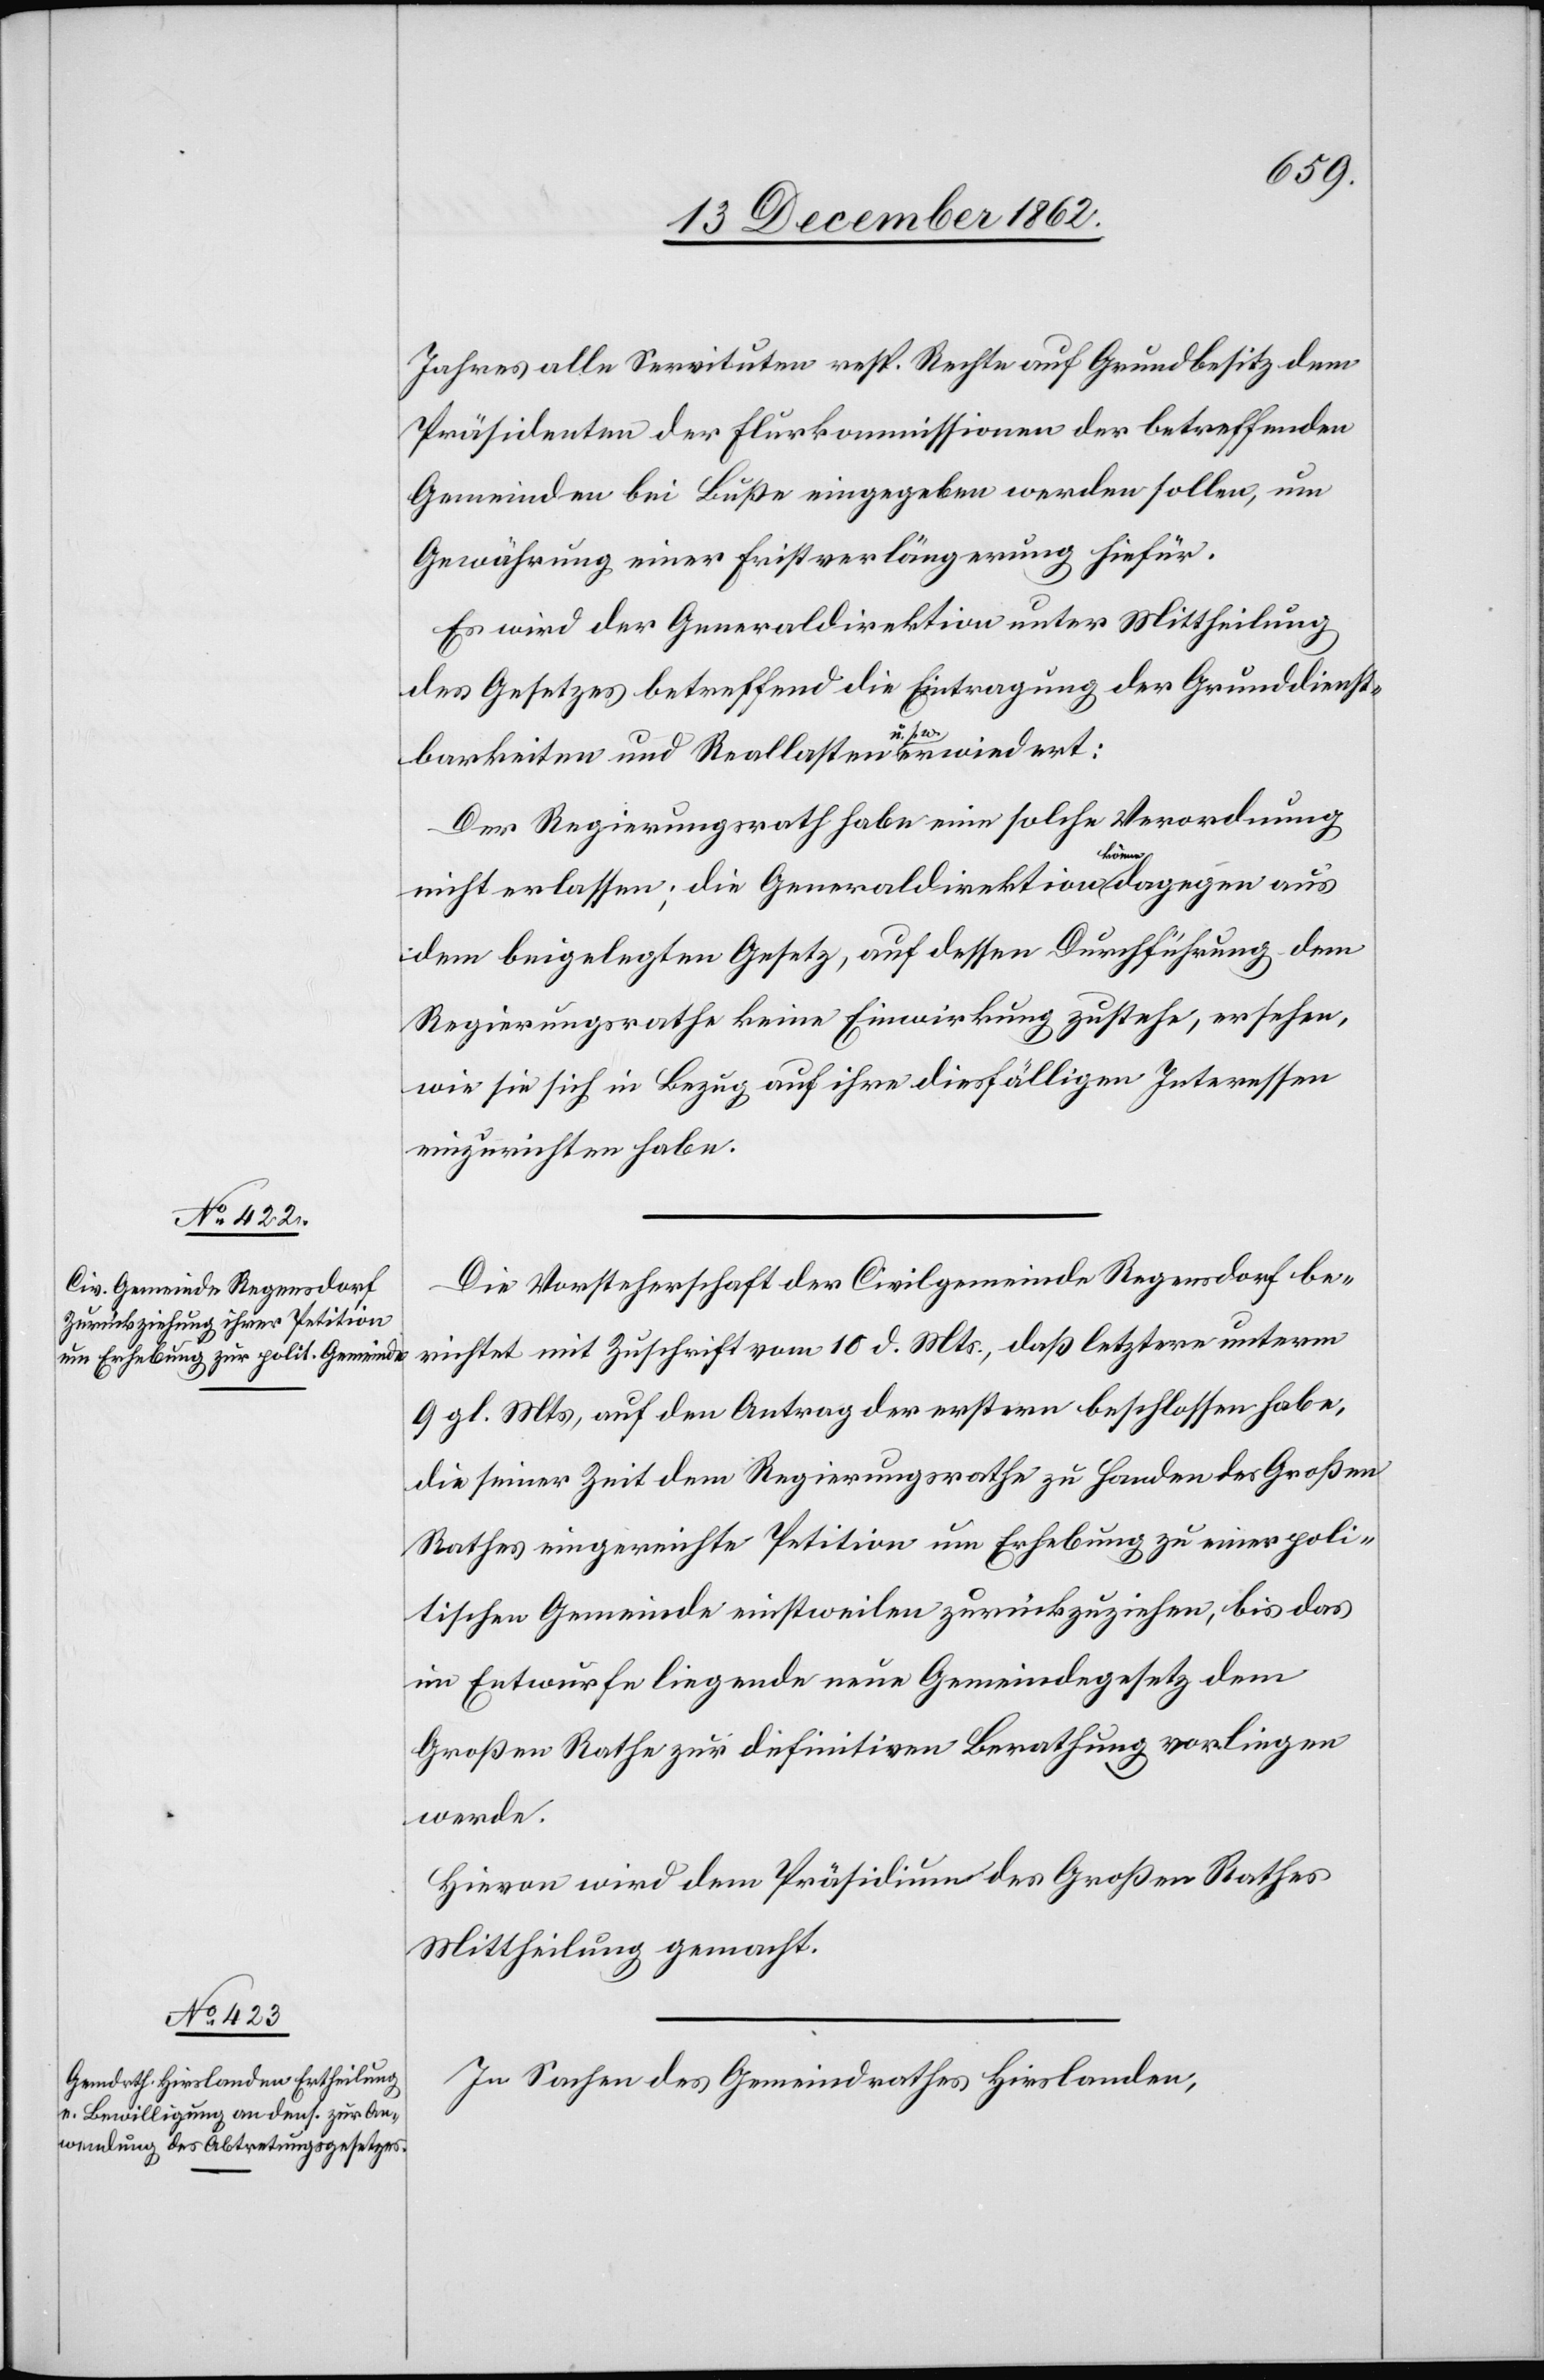
Jahres alle Servituten resp. Rechte auf Grundbesitz dem
Präsidenten der Flurkommissionen der betreffenden
Gemeinden bei Buße eingegeben werden sollen, um
Gewährung einer Fristverlängerung hiefür.
Es wird der Generaldirektion unter Mittheilung
des Gesetzes betreffend die Eintragung der Grunddienst¬
barkeiten und Reallasten u. s. w. erwiedert:
Der Regierungsrath habe eine solche Verordnung
nicht erlassen; die Generaldirektion könne dagegen aus
dem beigelegten Gesetz, auf dessen Durchführung dem
Regierungsrathe keine Einwirkung zustehe, ersehen,
wie sie sich in Bezug auf ihre diesfälligen Interessen
Die Vorsteherschaft der Civilgemeinde Regensdorf be¬
richtet mit Zuschrift vom 10. d. Mts, daß letztere unterm
9. gl. Mts, auf den Antrag der erstern beschlossen habe,
die seiner Zeit dem Regierungsrathe zu Handen des Großen
Rathes eingereichte Petition um Erhebung zu einer poli¬
tischen Gemeinde einstweilen zurückzuziehen, bis das
im Entwurfe liegende neue Gemeindegesetz dem
Großen Rathe zur definitiven Berathung vorliegen
werde.
Hievon wird dem Präsidium des Großen Rathes
Mittheilung gemacht.
In Sachen des Gemeindrathes Hirslanden,